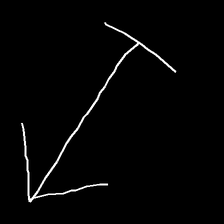
Glyph: levitation